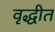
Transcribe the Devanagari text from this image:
वृद्धीत